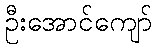
ဦးအောင်ကျော်